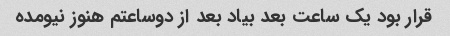
قرار بود یک ساعت بعد بیاد بعد از دوساعتم هنوز نیومده